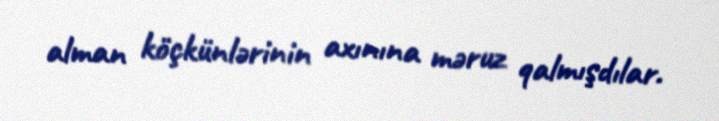
alman köçkünlərinin axınına məruz qalmışdılar.